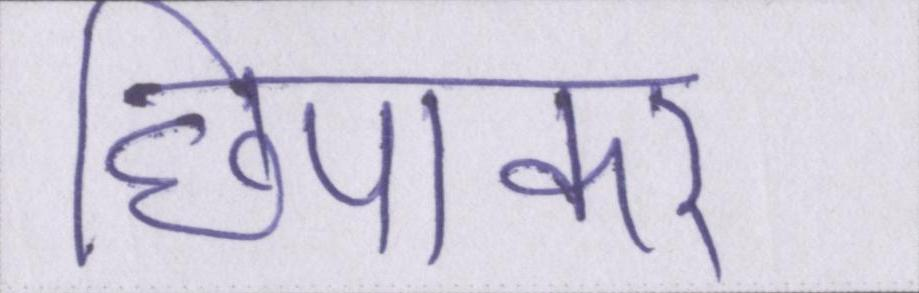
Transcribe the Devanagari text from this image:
छिपाकर